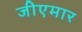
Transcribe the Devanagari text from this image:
जीएमार